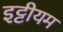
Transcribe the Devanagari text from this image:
इट्टीयम